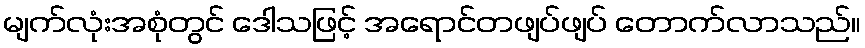
မျက်လုံးအစုံတွင် ဒေါသဖြင့် အရောင်တဖျပ်ဖျပ် တောက်လာသည်။